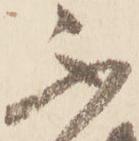
不